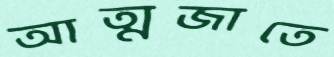
আত্মজাতে